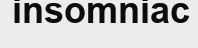
insomniac